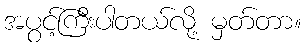
အပွင့်ကြီးပါတယ်လို့ မှတ်တာ။